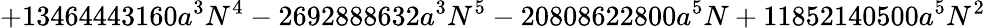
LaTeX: +13464443160a^{3}N^{4}-2692888632a^{3}N^{5}-20808622800a^{5}N+11852140500a^{5}N^{2}